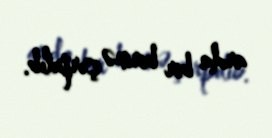
arda bir birinə çırpılıb.